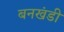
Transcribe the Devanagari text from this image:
बनखंडी